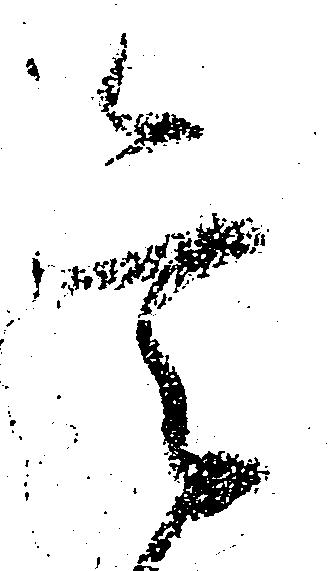
重